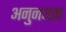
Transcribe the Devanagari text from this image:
अनुनयता